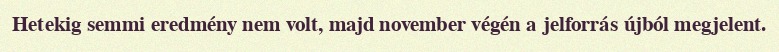
Hetekig semmi eredmény nem volt, majd november végén a jelforrás újból megjelent.